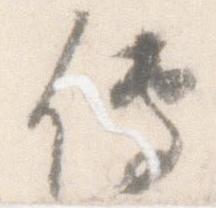
伝